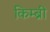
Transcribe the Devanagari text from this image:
किम्ब्री